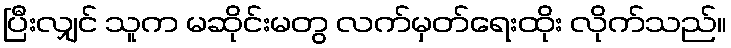
ပြီးလျှင် သူက မဆိုင်းမတွ လက်မှတ်ရေးထိုး လိုက်သည်။